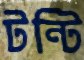
টন্টি